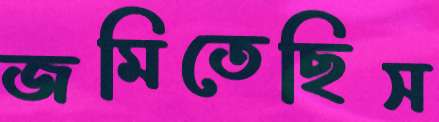
জমিতেছিস